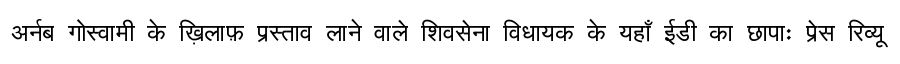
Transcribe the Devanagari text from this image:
अर्नब गोस्वामी के ख़िलाफ़ प्रस्ताव लाने वाले शिवसेना विधायक के यहाँ ईडी का छापाः प्रेस रिव्यू